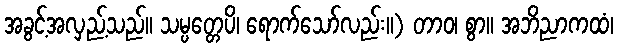
အခွင့်အလှည့်သည်။ သမ္ပတ္တေပိ၊ ရောက်သော်လည်း။) တာဝ၊ စွာ။ အဘိညာကထံ၊